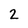
Character: 2